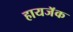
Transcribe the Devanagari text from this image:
हायजॅक